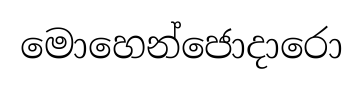
මොහෙන්ජොදාරො